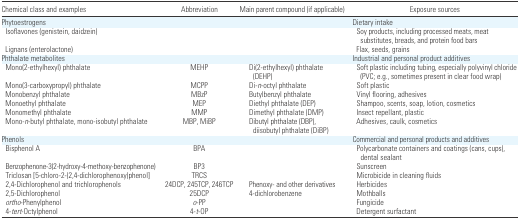
| Chemical class and examples | Abbreviation | Main parent compound (if applicable) | Exposure sources |
 | --- | --- | --- | --- |
 | Phytoestrogens |  |  | Dietary intake |
 | Isoflavones (genistein, daidzein) |  |  | Soy products, including processed meats, meat substitutes, breads, and protein food bars |
 | Lignans (enterolactone) |  |  | Flax, seeds, grains |
 | Phthalate metabolites |  |  | Industrial and personal product additives |
 | Mono(2-ethylhexyl) phthalate | MEHP | Di(2-ethylhexyl) phthalate (DEHP) | Soft plastic including tubing, especially polyvinyl chloride (PVC; e.g., sometimes present in clear food wrap) |
 | Mono(3-carboxypropyl) phthalate | MCPP | Di-n-octyl phthalate | Soft plastic |
 | Monobenzyl phthalate | MBzP | Butylbenzyl phthalate | Vinyl flooring, adhesives |
 | Monoethyl phthalate | MEP | Diethyl phthalate (DEP) | Shampoo, scents, soap, lotion, cosmetics |
 | Monomethyl phthalate | MMP | Dimethyl phthalate (DMP) | Insect repellant, plastic |
 | Mono-n-butyl phthalate, mono-isobutyl phthalate | MBP, MiBP | Dibutyl phthalate (DBP), diisobutyl phthalate (DiBP) | Adhesives, caulk, cosmetics |
 | Phenols |  |  | Commercial and personal products and additives |
 | Bisphenol A | BPA |  | Polycarbonate containers and coatings (cans, cups), dental sealant |
 | Benzophenone-3(2-hydroxy-4-methoxy-benzophenone) | BP3 |  | Sunscreen |
 | Triclosan [5-chloro-2-(2,4-dichlorophenoxy)phenol] | TRCS |  | Microbicide in cleaning fluids |
 | 2,4-Dichlorophenol and trichlorophenols | 24DCP, 245TCP, 246TCP | Phenoxy- and other derivatives | Herbicides |
 | 2,5-Dichlorophenol | 25DCP | 4-dichlorobenzene | Mothballs |
 | ortho-Phenylphenol | o-PP |  | Fungicide |
 | 4-tert-Octylphenol | 4-t-OP |  | Detergent surfactant |